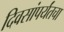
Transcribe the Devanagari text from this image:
दिवसांपर्यंतचा